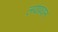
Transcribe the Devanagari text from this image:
लयप्रधान